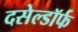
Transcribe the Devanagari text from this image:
दसेल्डॉर्फ